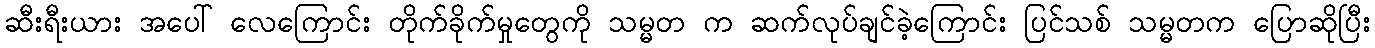
ဆီးရီးယား အပေါ် လေကြောင်း တိုက်ခိုက်မှုတွေကို သမ္မတ က ဆက်လုပ်ချင်ခဲ့ကြောင်း ပြင်သစ် သမ္မတက ပြောဆိုပြီး